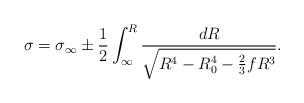
LaTeX: \begin{align*}\sigma = \sigma_{\infty} \pm \frac{1}{2}\int_{\infty}^{R} \frac{dR}{\sqrt{R^4-R_0^4 - \frac{2}{3}fR^3}}.\end{align*}